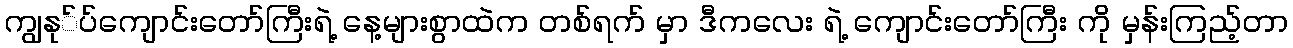
ကျွနု်ပ်ကျောင်းတော်ကြီးရဲ့ နေ့များစွာထဲက တစ်ရက် မှာ ဒီကလေး ရဲ့ ကျောင်းတော်ကြီး ကို မှန်းကြည့်တာ